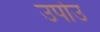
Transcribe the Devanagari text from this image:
उपोउ